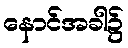
နောင်အခါ၌